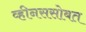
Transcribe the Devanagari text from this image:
व्हीनससोबत